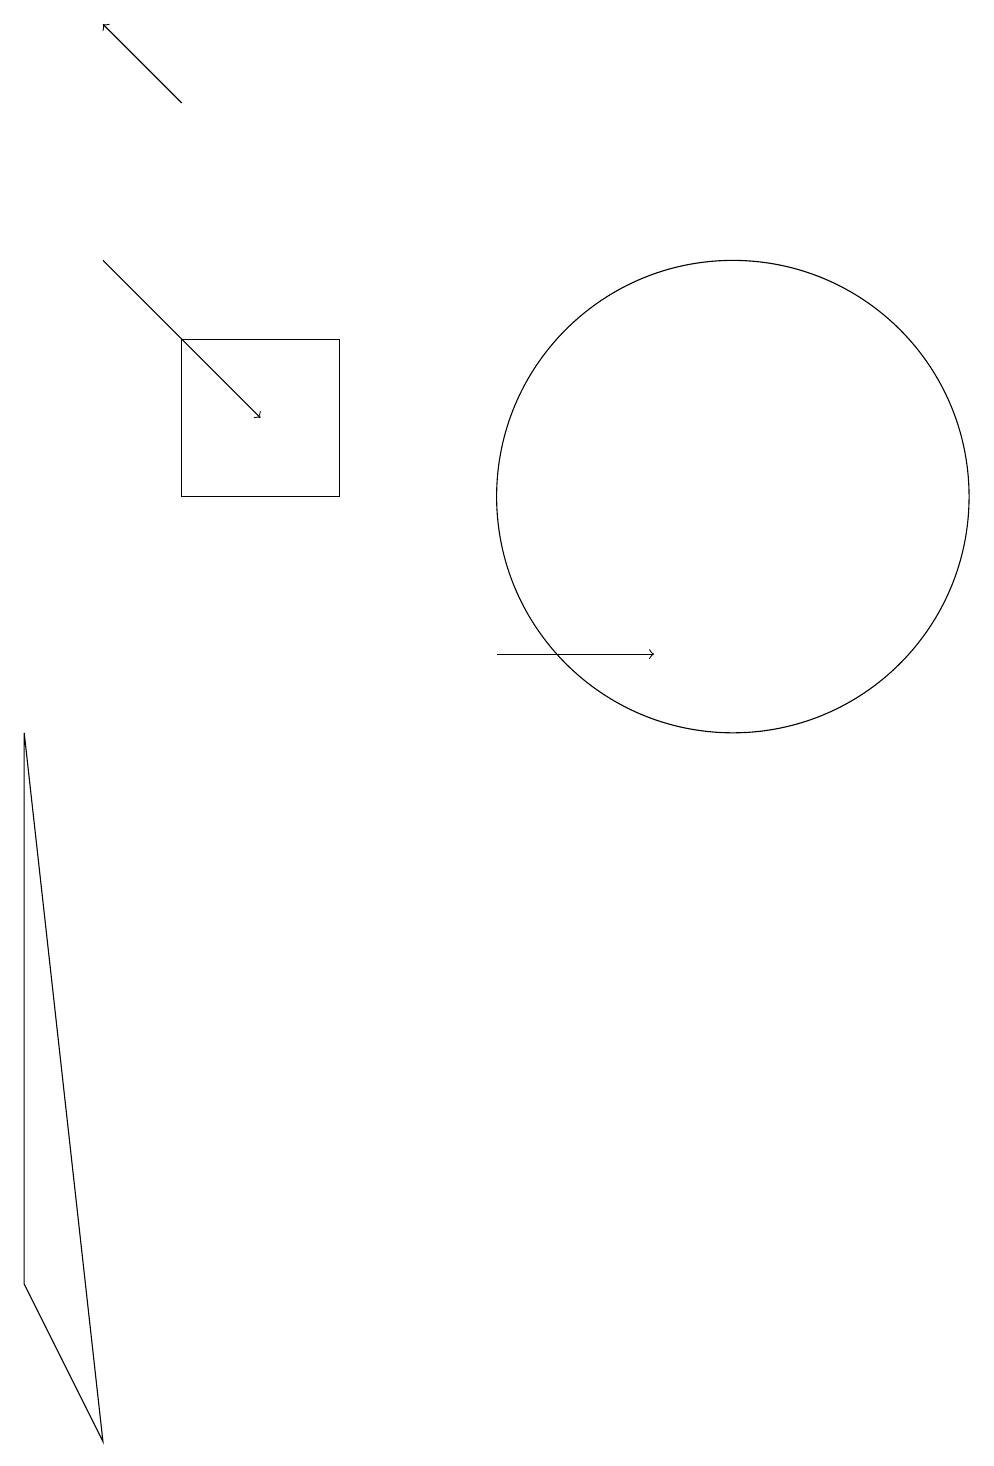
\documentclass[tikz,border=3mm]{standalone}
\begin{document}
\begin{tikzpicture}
\draw[->] (7,10) -- (9,10);
\draw (10,12) circle (3);
\draw (1,2) -- (1,9) -- (2,0) -- cycle;
\draw[->] (3,17) -- (2,18);
\draw (5,12) rectangle (3,14);
\draw[->] (2,15) -- (4,13);
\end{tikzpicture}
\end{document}